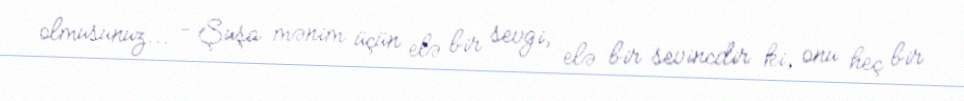
olmusunuz... - Şuşa mənim üçün elə bir sevgi, elə bir sevincdir ki, onu heç bir